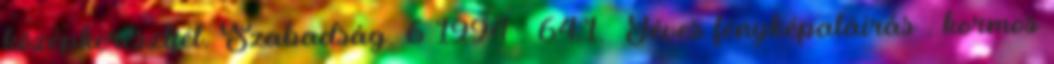
középkeresztjét. Szabadság. 6 1994 . 64:1. Téves fényképaláírás . kormos